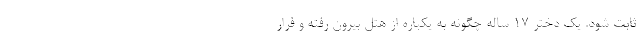
ثابت شود. یک دختر ۱۷ ساله چگونه به یکباره از هتل بیرون رفته و فرار